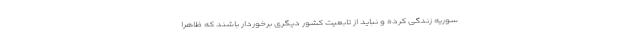
سوریه زندگی کرده و نباید از تابعیت کشور دیگری برخوردار باشند که ظاهرا